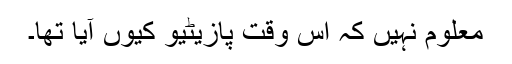
معلوم نہیں کہ اس وقت پازیٹیو کیوں آیا تھا۔